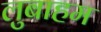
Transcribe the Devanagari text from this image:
लुबाहम